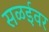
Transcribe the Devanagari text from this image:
सळईवर